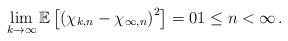
LaTeX: \begin{align*} \lim_{k\to\infty}\mathbb E\left[\left(\chi_{k,n}-\chi_{\infty,n}\right)^2\right]=01\le n<\infty\,.\end{align*}